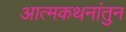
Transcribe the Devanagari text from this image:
आत्मकथनांतुन